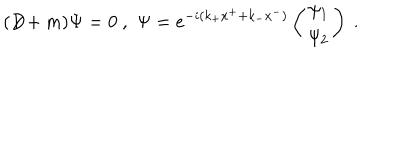
( D \! \! \! \! / + m ) \Psi = 0 \ , \, \, \Psi = e ^ { - i ( k _ { + } x ^ { + } + k _ { - } x ^ { - } ) } \left( \begin{matrix} { { \psi _ { 1 } } } \\ { { \psi _ { 2 } } } \\ \end{matrix} \right) \ .